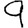
Digit: 9